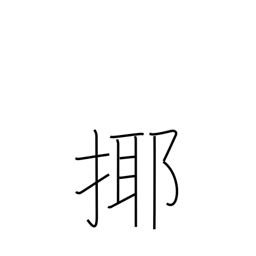
Meaning: play with